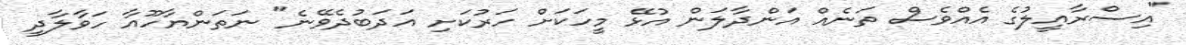
"އިސްރާއީލުގެ އެއްވެސް ތަނެއް އަންދާލަން އުޅޭ މީހަކަށް ހަރުކަށި އަދަބުދެވޭނެ" ނަތަންޔާހޫއާ ހަވާލާދީ